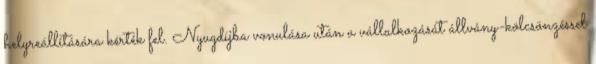
helyreállítására kérték fel. Nyugdíjba vonulása után a vállalkozását állvány-kölcsönzéssel